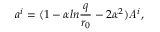
a ^ { i } = ( 1 - \alpha l n { \frac { q } { r _ { 0 } } } - 2 \alpha ^ { 2 } ) { \it A } ^ { i } ,